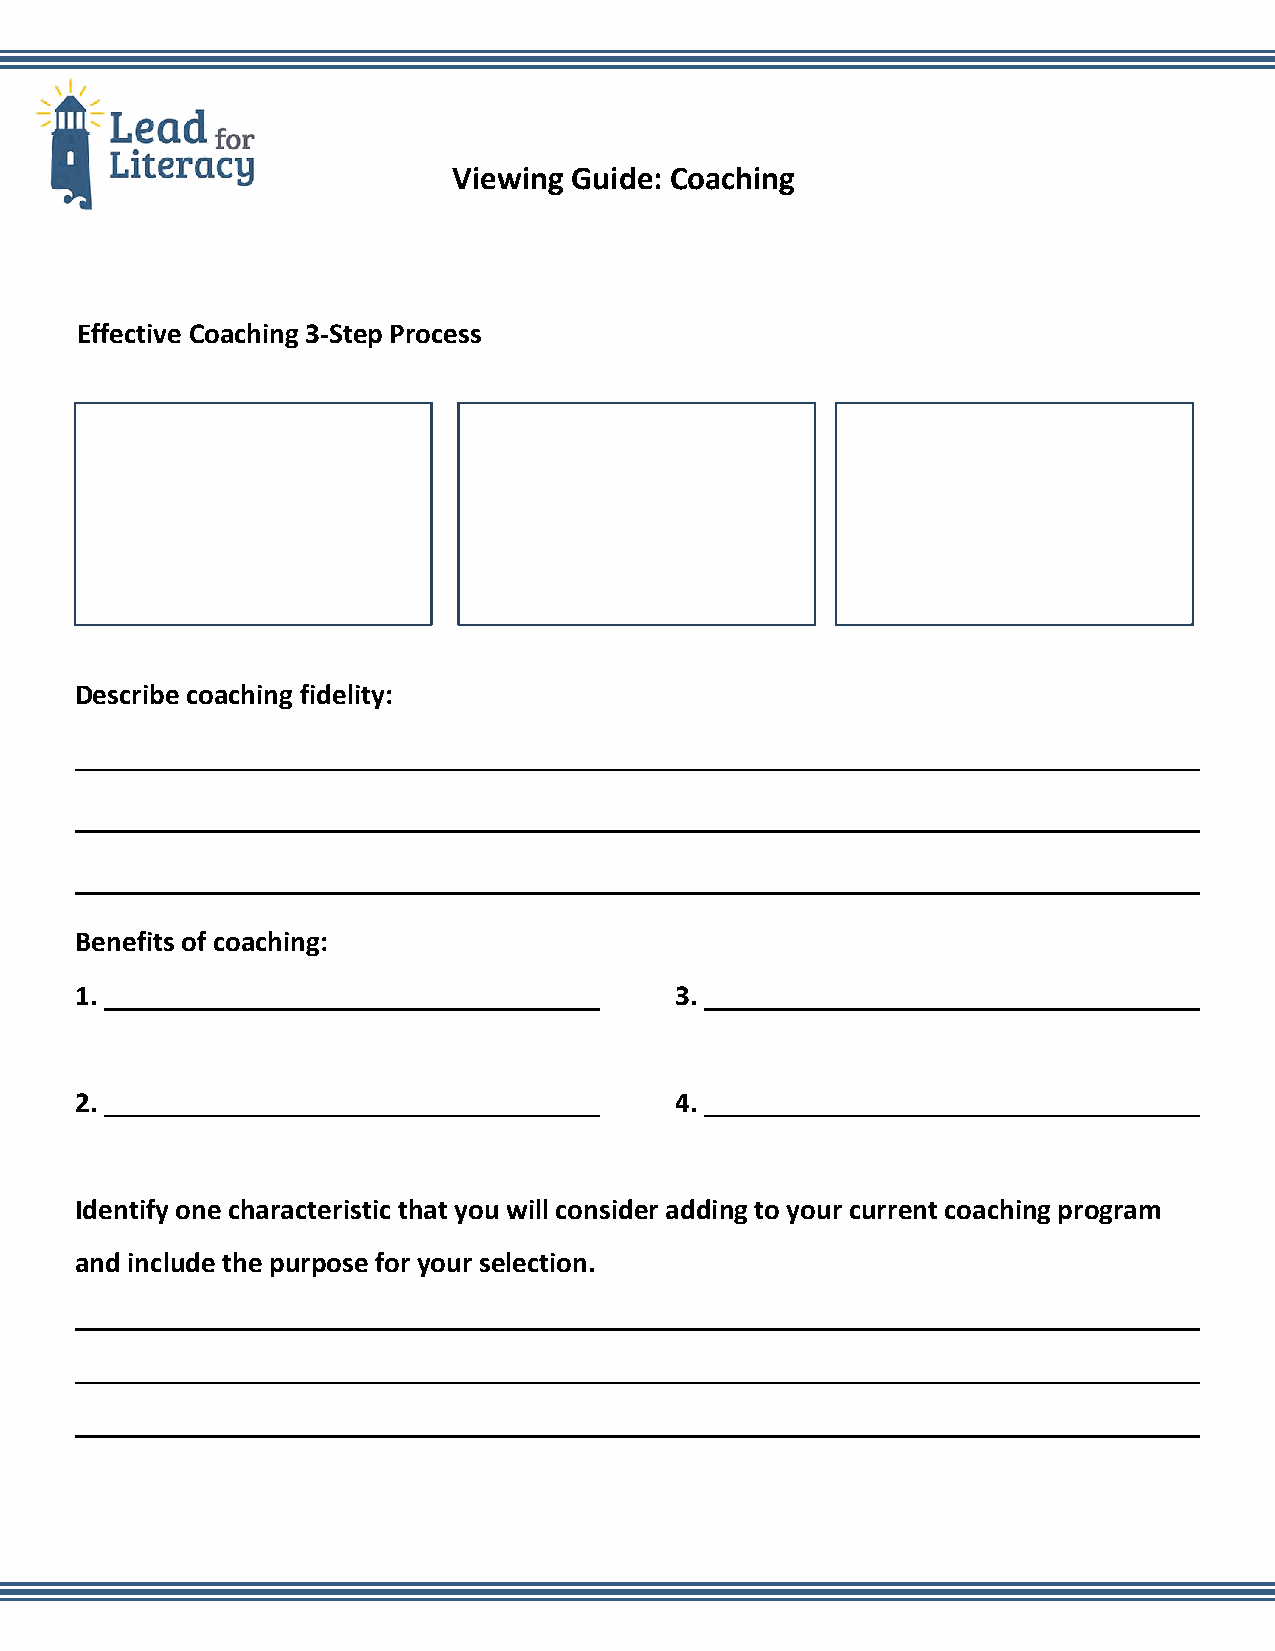
Viewing Guide: Coaching
 Effective Coaching 3-Step Process
 Describe coaching fidelity:
 Benefits of coaching:
 1.                                      3.
 2.                                      4.
 Identify one characteristic that you will consider adding to your current coaching program
 and include the purpose for your selection.